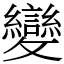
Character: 變